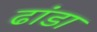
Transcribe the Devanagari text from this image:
ढांडा